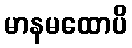
မာနမထောပိ